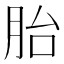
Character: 胎